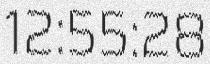
12:55:28